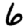
Digit: 6